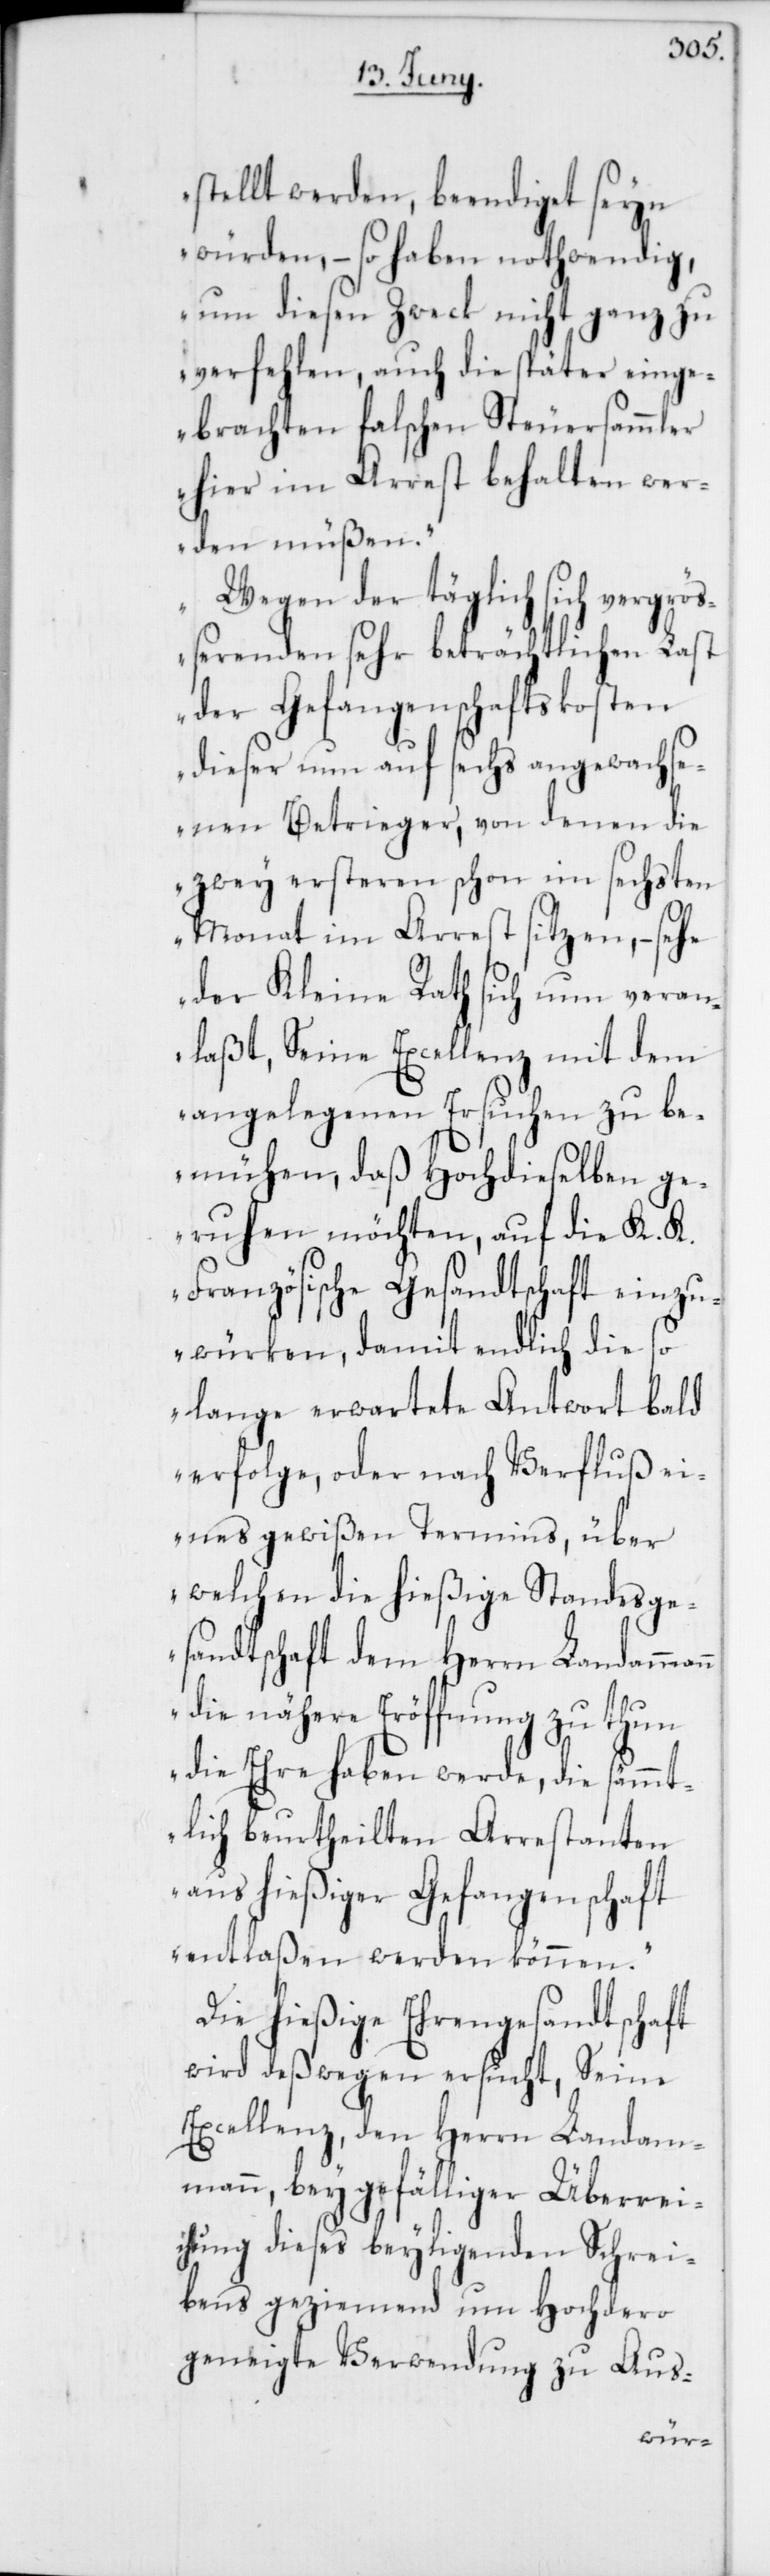
stellt werden, beendiget seyn
würden, – so haben nothwendig,
um diesen Zweck nicht ganz zu
verfehlen, auch die später einge¬
brachten falschen Steuersammler
hier im Arrest behalten wer¬
den müßen.
Wegen der täglich sich vergrö¬
ßerenden sehr beträchtlichen Last
der Gefangenschaftskosten
dieser nun auf sechs angewachse¬
nen Betrieger, von denen die
zwey ersteren schon im sechsten
Monat im Arrest sitzen, – sehe
der Kleine Rath sich nun veran¬
laßt, Seine Excellenz mit dem
angelegenen Ersuchen zu be¬
mühen, daß Hochdieselben ge¬
ruhen möchten, auf die K. K.
Französische Gesandtschaft einzu¬
würken, damit endlich die so
lange erwartete Antwort bald
erfolge, oder nach Verfluß ei¬
nes gewißen Termins, über
welchen die hießige Standesge¬
sandtschaft dem Herrn Landammann
die nähere Eröffnung zu thun
die Ehre haben werde, die sämmt¬
lich beurtheilten Arrestanten
aus hießiger Gefangenschaft
entlaßen werden können.“
Die hießige Ehrengesandtschaft
wird deßwegen ersucht, Seine
Excellenz, den Herrn Landam¬
mann, bey gefälliger Überrei¬
chung dieses beyligenden Schrei¬
bens geziemend um Hochdero
Aus-